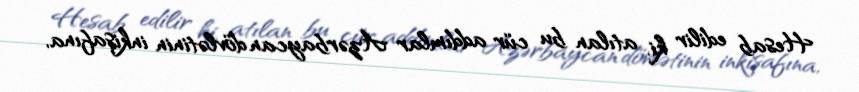
Hesab edilir ki, atılan bu cür addımlar Azərbaycan dövlətinin inkişafına,